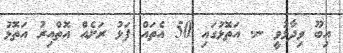
އިބޫ ވިދާޅުވީ ނ. އަތޮޅުގައި 50 އެތައް ފަޅު ރަށެއް އޮތްއިރު އަތޮޅު